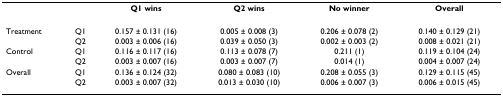
|  |  | Q1 wins | Q2 wins | No winner | Overall |
 | --- | --- | --- | --- | --- | --- |
 | Treatment | Q1 | 0.157 ± 0.131 (16) | 0.005 ± 0.008 (3) | 0.206 ± 0.078 (2) | 0.140 ± 0.129 (21) |
 |  | Q2 | 0.003 ± 0.006 (16) | 0.039 ± 0.050 (3) | 0.002 ± 0.003 (2) | 0.008 ± 0.021 (21) |
 | Control | Q1 | 0.116 ± 0.117 (16) | 0.113 ± 0.078 (7) | 0.211 (1) | 0.119 ± 0.104 (24) |
 |  | Q2 | 0.003 ± 0.007 (16) | 0.003 ± 0.007 (7) | 0.014 (1) | 0.004 ± 0.007 (24) |
 | Overall | Q1 | 0.136 ± 0.124 (32) | 0.080 ± 0.083 (10) | 0.208 ± 0.055 (3) | 0.129 ± 0.115 (45) |
 |  | Q2 | 0.003 ± 0.007 (32) | 0.013 ± 0.030 (10) | 0.006 ± 0.007 (3) | 0.006 ± 0.015 (45) |